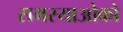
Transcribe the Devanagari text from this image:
समस्याओको